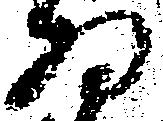
為